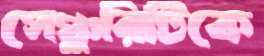
সেঞ্চুরিটিকে